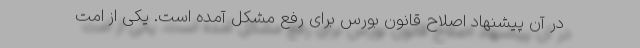
در آن پیشنهاد اصلاح قانون بورس برای رفع مشکل آمده است. یکی از امت